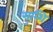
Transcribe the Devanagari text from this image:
मुन्शि